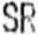
SR